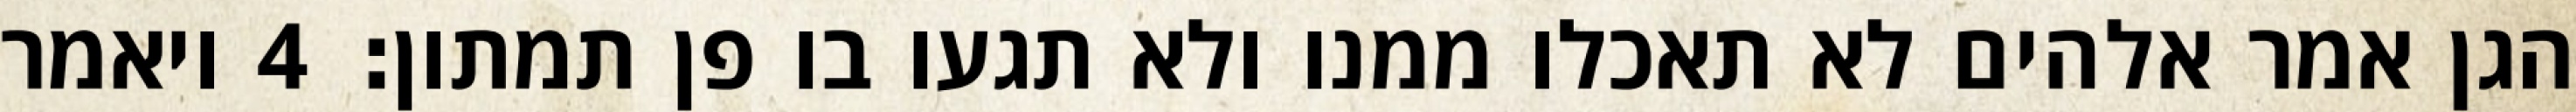
הגן אמר אלהים לא תאכלו ממנו ולא תגעו בו פן תמתון׃ ‎4‏ ויאמר